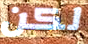
لكن